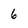
Character: 6